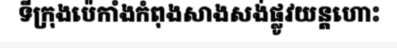
ទីក្រុងប៉េកាំងកំពុងសាងសង់ផ្លូវយន្តហោះ